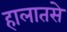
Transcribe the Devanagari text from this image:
हालातसे